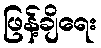
ဖြန့်ချိရေး